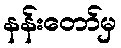
နန်းတော်မှ